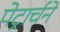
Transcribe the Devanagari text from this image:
पेट्रार्चने